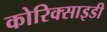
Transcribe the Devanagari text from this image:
कोरिक्साइडी